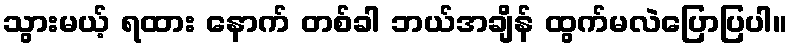
သွားမယ့် ရထား နောက် တစ်ခါ ဘယ်အချိန် ထွက်မလဲပြောပြပါ။